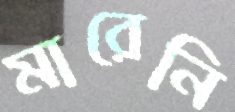
মারেনি